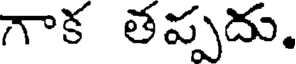
గాక తప్పదు.